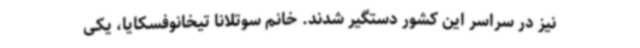
نیز در سراسر این کشور دستگیر شدند. خانم سوتلانا تیخانوفسکایا، یکی